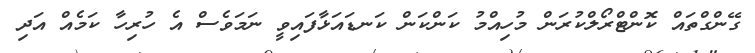
ގޭންގްތައް ކޮންޓްރޯލްކުރަން މުހިއްމު ކަންކަން ކަނޑައަޅާފައިވީ ނަމަވެސް އެ ހުރިހާ ކަމެއް އަދި